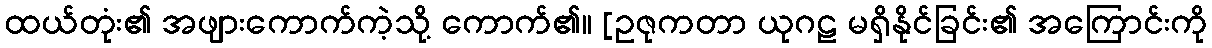
ထယ်တုံး၏ အဖျားကောက်ကဲ့သို့ ကောက်၏။ [ဥဇုကတာ ယုဂဠ မရှိနိုင်ခြင်း၏ အကြောင်းကို